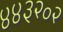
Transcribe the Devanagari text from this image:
४४३२०२